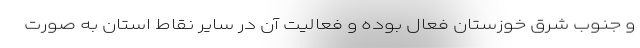
و جنوب شرق خوزستان فعال بوده و فعالیت آن در سایر نقاط استان به صورت